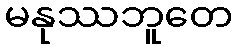
မနုဿဘူတေ